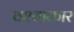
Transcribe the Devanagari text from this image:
वश्ताकार